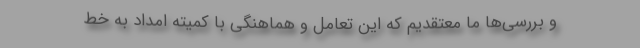
و بررسی‌ها ما معتقدیم که این تعامل و هماهنگی با کمیته امداد به خط